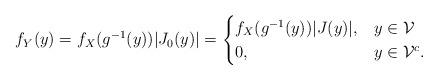
LaTeX: \begin{align*}f_Y(y) = f_X(g^{-1}(y))|J_0(y)| = \begin{cases}f_X(g^{-1}(y))|J(y)|, & y\in\mathcal{V} \\0, & y\in\mathcal{V}^c.\end{cases}\end{align*}